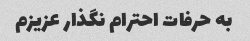
به حرفات احترام نگذار عزیزم